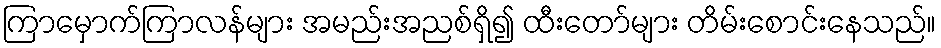
ကြာမှောက်ကြာလန်များ အမည်းအညစ်ရှိ၍ ထီးတော်များ တိမ်းစောင်းနေသည်။